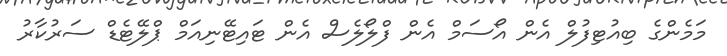
މަމެންގެ ބިއުޓިފުލް އެން އޯސަމް އެން ފްލޯލެސް އެން ޓައިޓޭނިއަމް ޕްލޭޓެޑް ސަރުކާރު